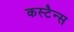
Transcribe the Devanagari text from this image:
कस्टैन्स